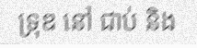
ទ្រុឌ នៅ ជាប់ និង